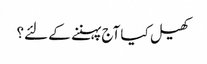
کھیل کیا آج پہننے کے لئے؟